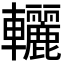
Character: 𨏽